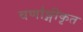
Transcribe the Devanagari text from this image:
वर्णाङ्गीकृत